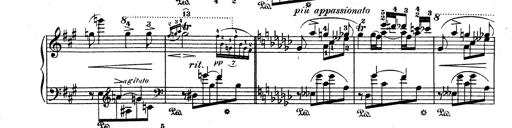
Title: 6 Polish Songs
Composer: Franz Liszt